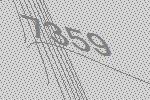
7359